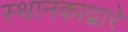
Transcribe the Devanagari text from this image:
स्थानकाद्वारे